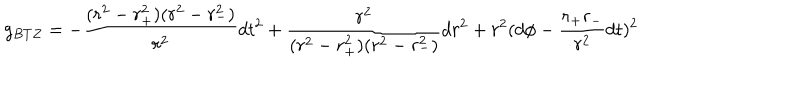
g _ { B T Z } = - \frac { ( r ^ { 2 } - r _ { + } ^ { 2 } ) ( r ^ { 2 } - r _ { - } ^ { 2 } ) } { r ^ { 2 } } d t ^ { 2 } + \frac { r ^ { 2 } } { ( r ^ { 2 } - r _ { + } ^ { 2 } ) ( r ^ { 2 } - r _ { - } ^ { 2 } ) } d r ^ { 2 } + r ^ { 2 } ( d \phi - \frac { r _ { + } r _ { - } } { r ^ { 2 } } d t ) ^ { 2 }